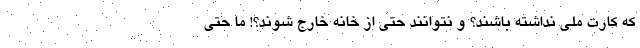
که کارت ملی نداشته باشند؟ و نتوانند حتی از خانه خارج شوند؟! ما حتی